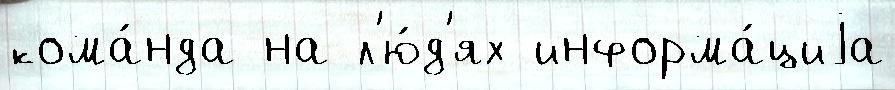
кома́нда на л'ю́д'ях информа́циjа